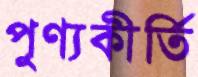
পুণ্যকীর্তি